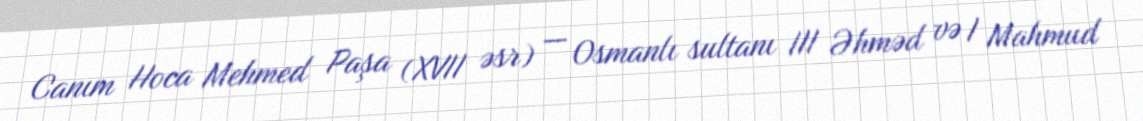
Canım Hoca Mehmed Paşa (XVII əsr) — Osmanlı sultanı III Əhməd və I Mahmud